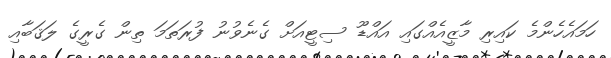
ހަމައެހެންމެ ކައިރި މާޒީއެއްގައި އައްޑޫ ސިޓީއަށް ގެނެވުނު ފުރަތަމަ ތިން ގެރީގެ ލަޤަބާއި